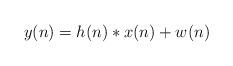
LaTeX: \begin{align*}y(n) = h(n)*x(n) + w(n)\end{align*}